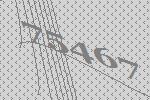
75467